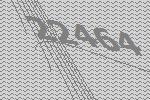
22464